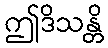
ဤဒိသန္တိ